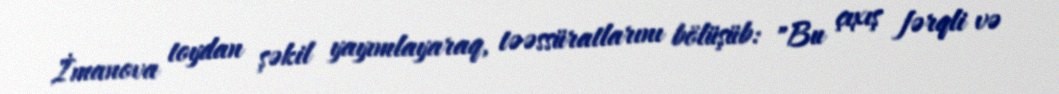
İmanova toydan şəkil yayımlayaraq, təəssüratlarını bölüşüb: "Bu çıxış fərqli və